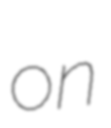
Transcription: on